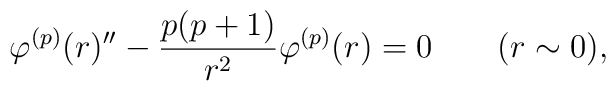
\varphi^{(p)}(r)''-\frac{p(p+1)}{r^2}\varphi^{(p)}(r)=0\qquad (r\sim 0) ,